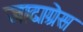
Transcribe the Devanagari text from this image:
जादाग्रेस